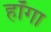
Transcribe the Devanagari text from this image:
हॉगा